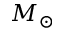
M _ { \odot }